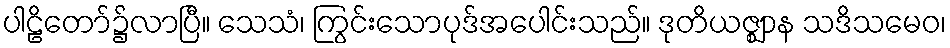
ပါဠိတော်၌လာပြီ။ သေသံ၊ ကြွင်းသောပုဒ်အပေါင်းသည်။ ဒုတိယဇ္ဈာန သဒိသမေဝ၊